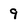
Character: 9